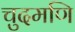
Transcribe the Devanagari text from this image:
चुदमणि